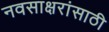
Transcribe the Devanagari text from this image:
नवसाक्षरांसाठी